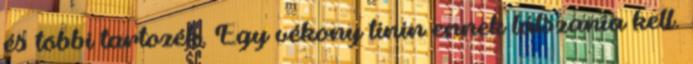
és többi tartozék. Egy vékony tinin ennek látszania kell.